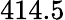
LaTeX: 414.5